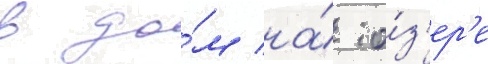
в до́м на́ о́з'ер'е